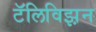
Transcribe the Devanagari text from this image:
टॅलिविझ़न